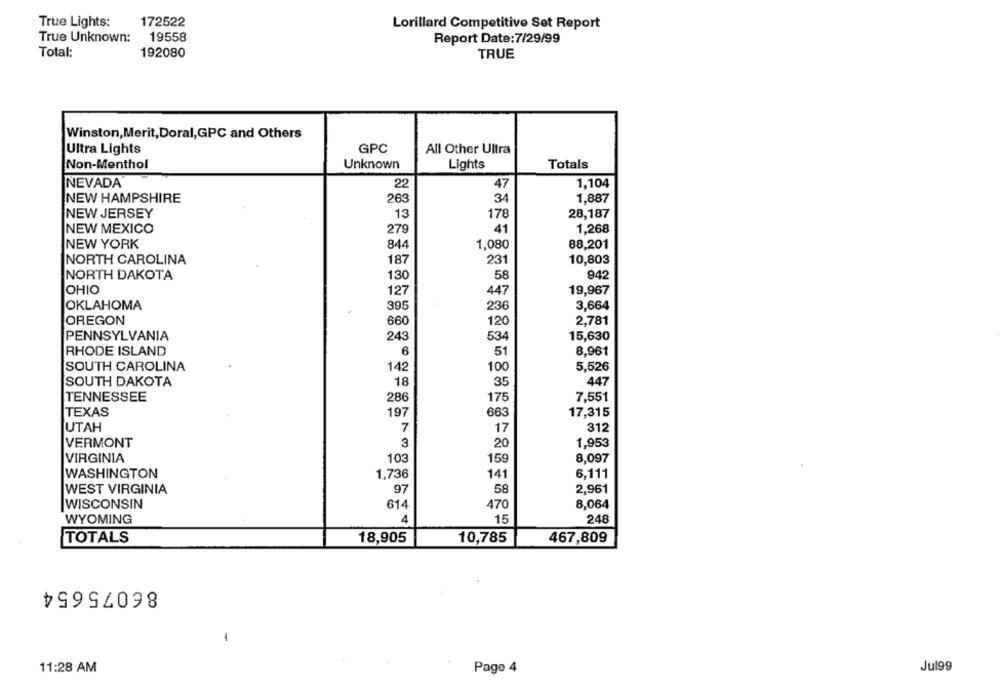
True Lights:
172522
Lorillard Competitive Set Report
True Unknown:
19558
Report Date:7/29/99
Total:
192080
TRUE
Winston, Merit, Doral,GPC and Others
Ultra Lights
GPC
All Other Ultra
Non-Menthol
Unknown
Lights
Totals
NEVADA
22
47
1.104
NEW HAMPSHIRE
263
34
1,887
NEW JERSEY
13
178
28,187
279
41
1,268
NEW MEXICO
NEW YORK
844
1,080
88,201
NORTH CAROLINA
187
231
10,803
NORTH DAKOTA
130
58
942
OHIO
127
447
19,967
236
OKLAHOMA
395
3,664
OREGON
660
120
2,781
PENNSYLVANIA
243
534
15,630
RHODE ISLAND
6
51
8,961
SOUTH CAROLINA
142
100
5,526
SOUTH DAKOTA
18
35
447
TENNESSEE
286
175
7.551
TEXAS
197
663
17,315
UTAH
7
17
312
3
20
VERMONT
1,953
VIRGINIA
103
159
8,097
WASHINGTON
1,736
141
6,111
WEST VIRGINIA
97
58
2.961
WISCONSIN
8,064
614
470
15
WYOMING
4
248
TOTALS
18,905
10,785
467,809
86075654
-
11:28 AM
Page 4
Jul99